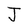
Character: J